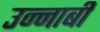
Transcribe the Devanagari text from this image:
उन्नाबी